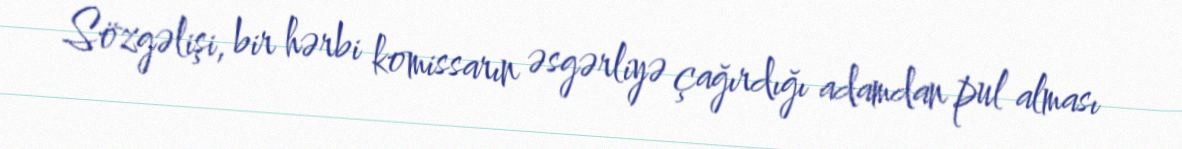
Sözgəlişi, bir hərbi komissarın əsgərliyə çağırdığı adamdan pul alması